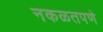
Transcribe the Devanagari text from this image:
नकळतपणे